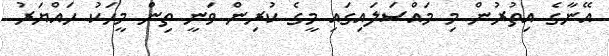
އޭނާގެ އިތުރުން މި މައްސަލައިގައި މީގެ ކުރިން ވަނީ ތިން މީހަކު ހައްޔަރު